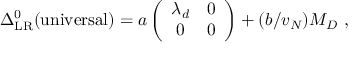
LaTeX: \Delta _ { \mathrm { L R } } ^ { 0 } ( \mathrm { u n i v e r s a l } ) = a \left( \begin{array} { c c } { { \lambda _ { d } } } & { { 0 } } \\ { { 0 } } & { { 0 } } \end{array} \right) + ( b / v _ { N } ) { \cal M } _ { \cal D } ~ ,